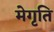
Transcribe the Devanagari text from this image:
मेगृति